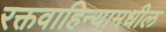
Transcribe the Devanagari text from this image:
रक्तवाहिन्यामधील